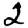
Digit: 2